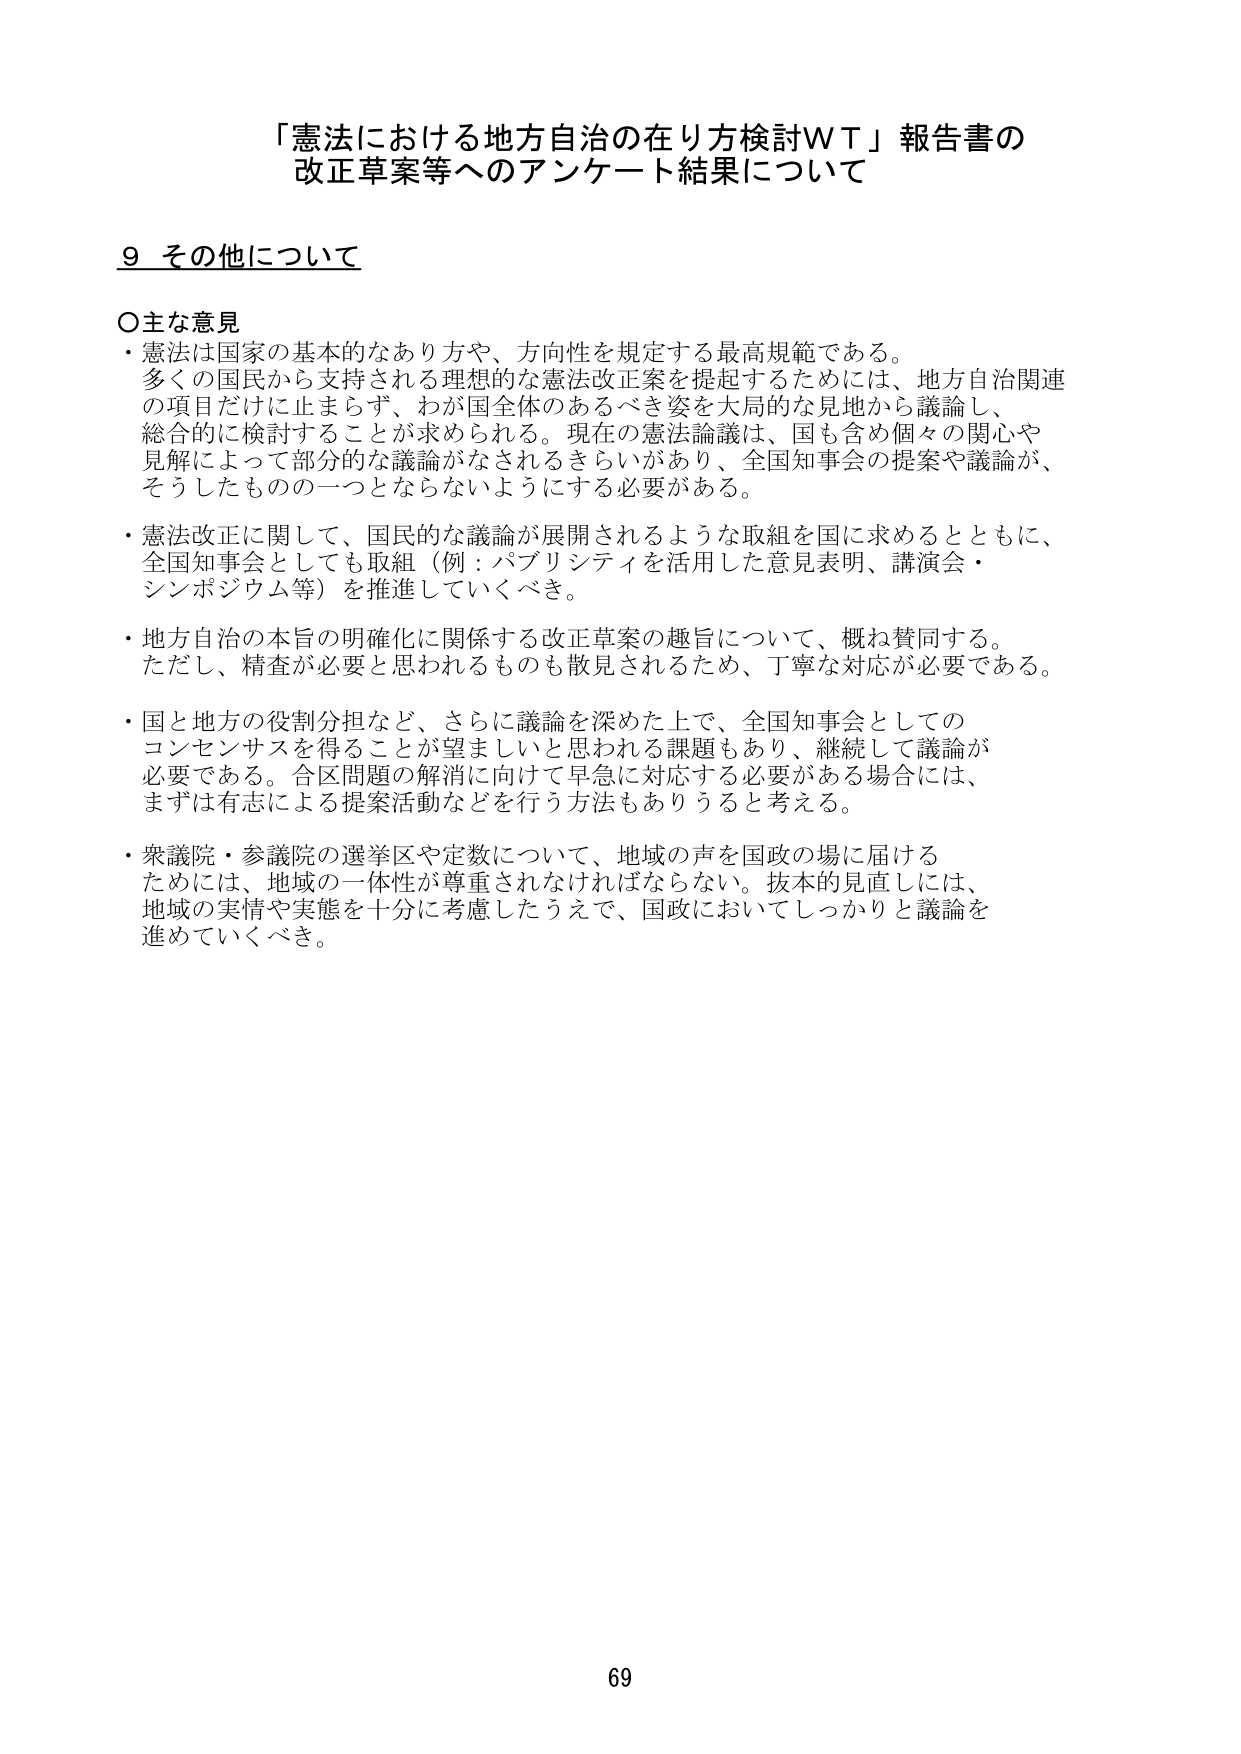
「憲法における地方自治の在り方検討ＷＴ」報告書の
改正草案等へのアンケート結果について

9 その他について

○主な意見
・憲法は国家の基本的なあり方や、方向性を規定する最高規範である。
多くの国民から支持される理想的な憲法改正案を提起するためには、地方自治関連
の項目だけに止まらず、わが国全体のあるべき姿を大局的な見地から議論し、
総合的に検討することが求められる。現在の憲法論議は、国も含め個々の関心や
見解によって部分的な議論がなされるきらいがあり、全国知事会の提案や議論が、
そうしたものの一つとならないようにする必要がある。

・憲法改正に関して、国民的な議論が展開されるような取組を国に求めるとともに、
全国知事会としても取組（例：パブリシティを活用した意見表明、講演会・
シンポジウム等）を推進していくべき。

・地方自治の本旨の明確化に関係する改正草案の趣旨について、概ね賛同する。
ただし、精査が必要と思われるものも散見されるため、丁寧な対応が必要である。

・国と地方の役割分担など、さらに議論を深めた上で、全国知事会としての
コンセンサスを得ることが望ましいと思われる課題もあり、継続して議論が
必要である。合区問題の解消に向けて早急に対応する必要がある場合には、
まずは有志による提案活動などを行う方法もありうると考える。

・衆議院・参議院の選挙区や定数について、地域の声を国政の場に届ける
ためには、地域の一体性が尊重されなければならない。抜本的見直しには、
地域の実情や実態を十分に考慮したうえで、国政においてしっかりと議論を
進めていくべき。

69